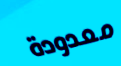
معدودة